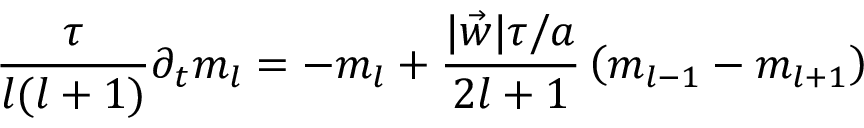
\frac { \tau } { l ( l + 1 ) } \partial _ { t } m _ { l } = - m _ { l } + \frac { | \vec { w } | \tau / a } { 2 l + 1 } \left( m _ { l - 1 } - m _ { l + 1 } \right)